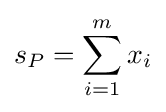
s_{P}=\sum _{i=1}^{m}x_{i}